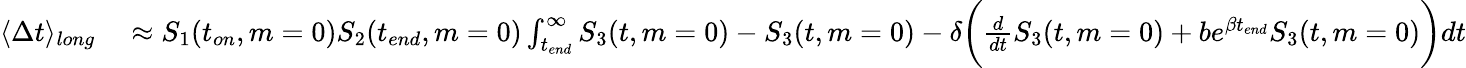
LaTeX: \begin{array}{rl}{\langle\Delta t\rangle_{long}}&{{}\approx S_{1}(t_{on},m=0)S_{2}(t_{end},m=0)\int_{t_{end}}^{\infty}S_{3}(t,m=0)-S_{3}(t,m=0)-\delta\bigg(\frac{d}{dt}S_{3}(t,m=0)+be^{\beta t_{end}}S_{3}(t,m=0)\bigg)dt}\end{array}